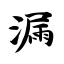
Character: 漏